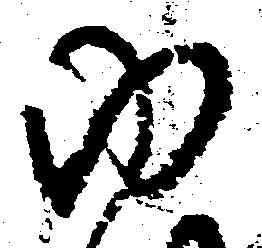
ゆ